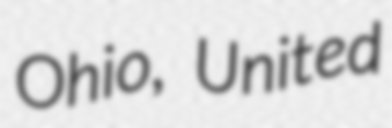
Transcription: Ohio, United